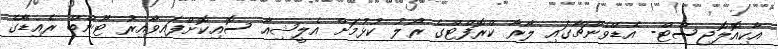
އާކިއޮލޮޖިސްޓް- އެޑްވެންޗާގައި ލާރާ ކްރޮފްޓްގެ ރޯލު ކުޅުމަށް އެލީޝިއާ ސޮއިކޮށްފައިވާއިރު ޓޫންބް ރެއިޑާގެ